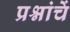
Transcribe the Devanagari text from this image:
प्रश्नांचें